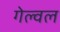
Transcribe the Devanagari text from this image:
गेल्वल